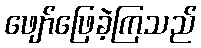
ဖျော်ဖြေခဲ့ကြသည်